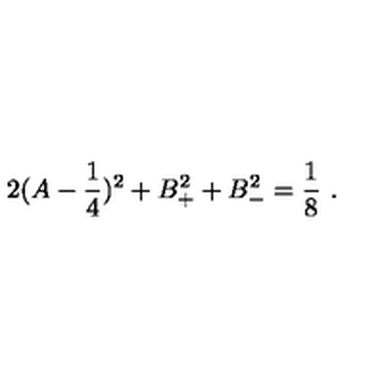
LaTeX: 2 ( A - { \frac { 1 } { 4 } } ) ^ { 2 } + B _ { + } ^ { 2 } + B _ { - } ^ { 2 } = { \frac { 1 } { 8 } } \ .